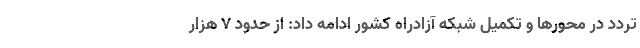
تردد در محورها و تکمیل شبکه آزادراه کشور ادامه داد: از حدود ۷ هزار